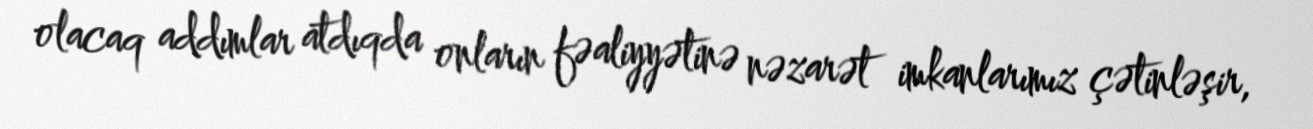
olacaq addımlar atdıqda onların fəaliyyətinə nəzarət imkanlarımız çətinləşir,